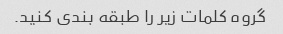
گروه کلمات زیر را طبقه بندی کنید.